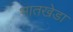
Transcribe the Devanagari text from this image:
भातखेडा